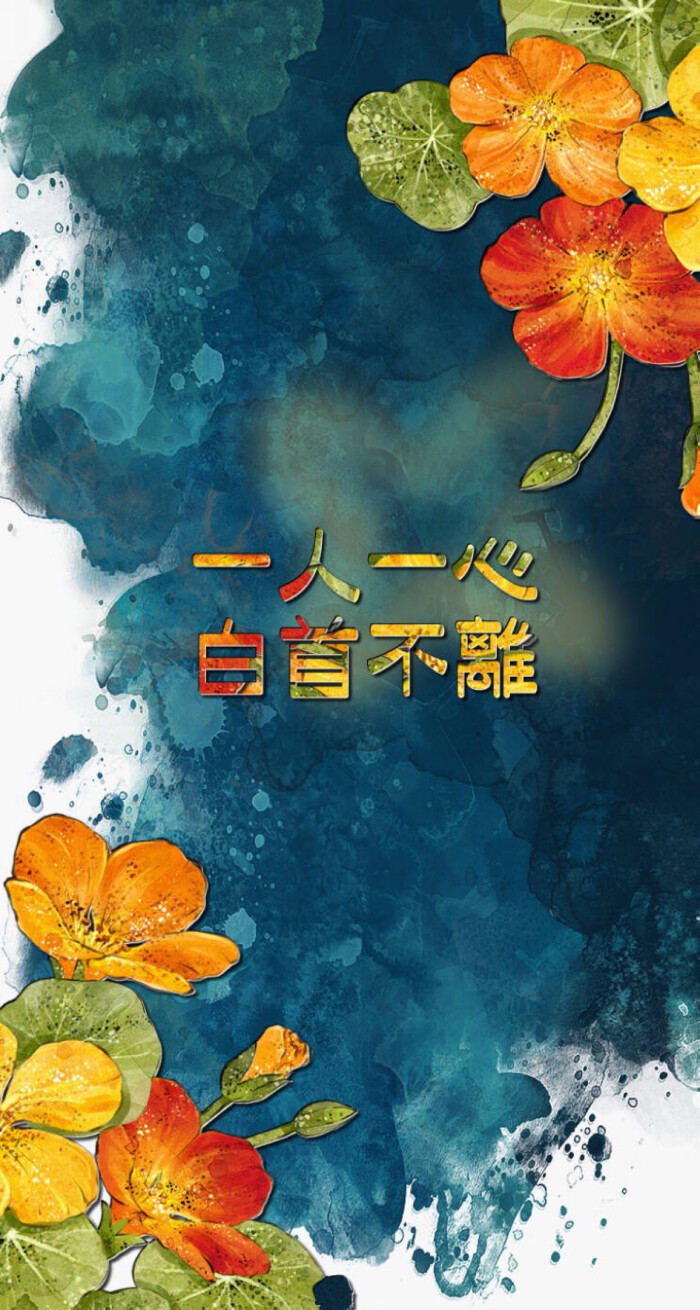
日落谢家池馆，柳丝金缕断。